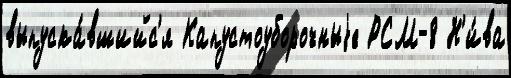
выпуска́вшийс'я Капустоуборочныjе РСМ-8 Н'и́ва